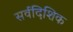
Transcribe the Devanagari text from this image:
सर्वदिशिक